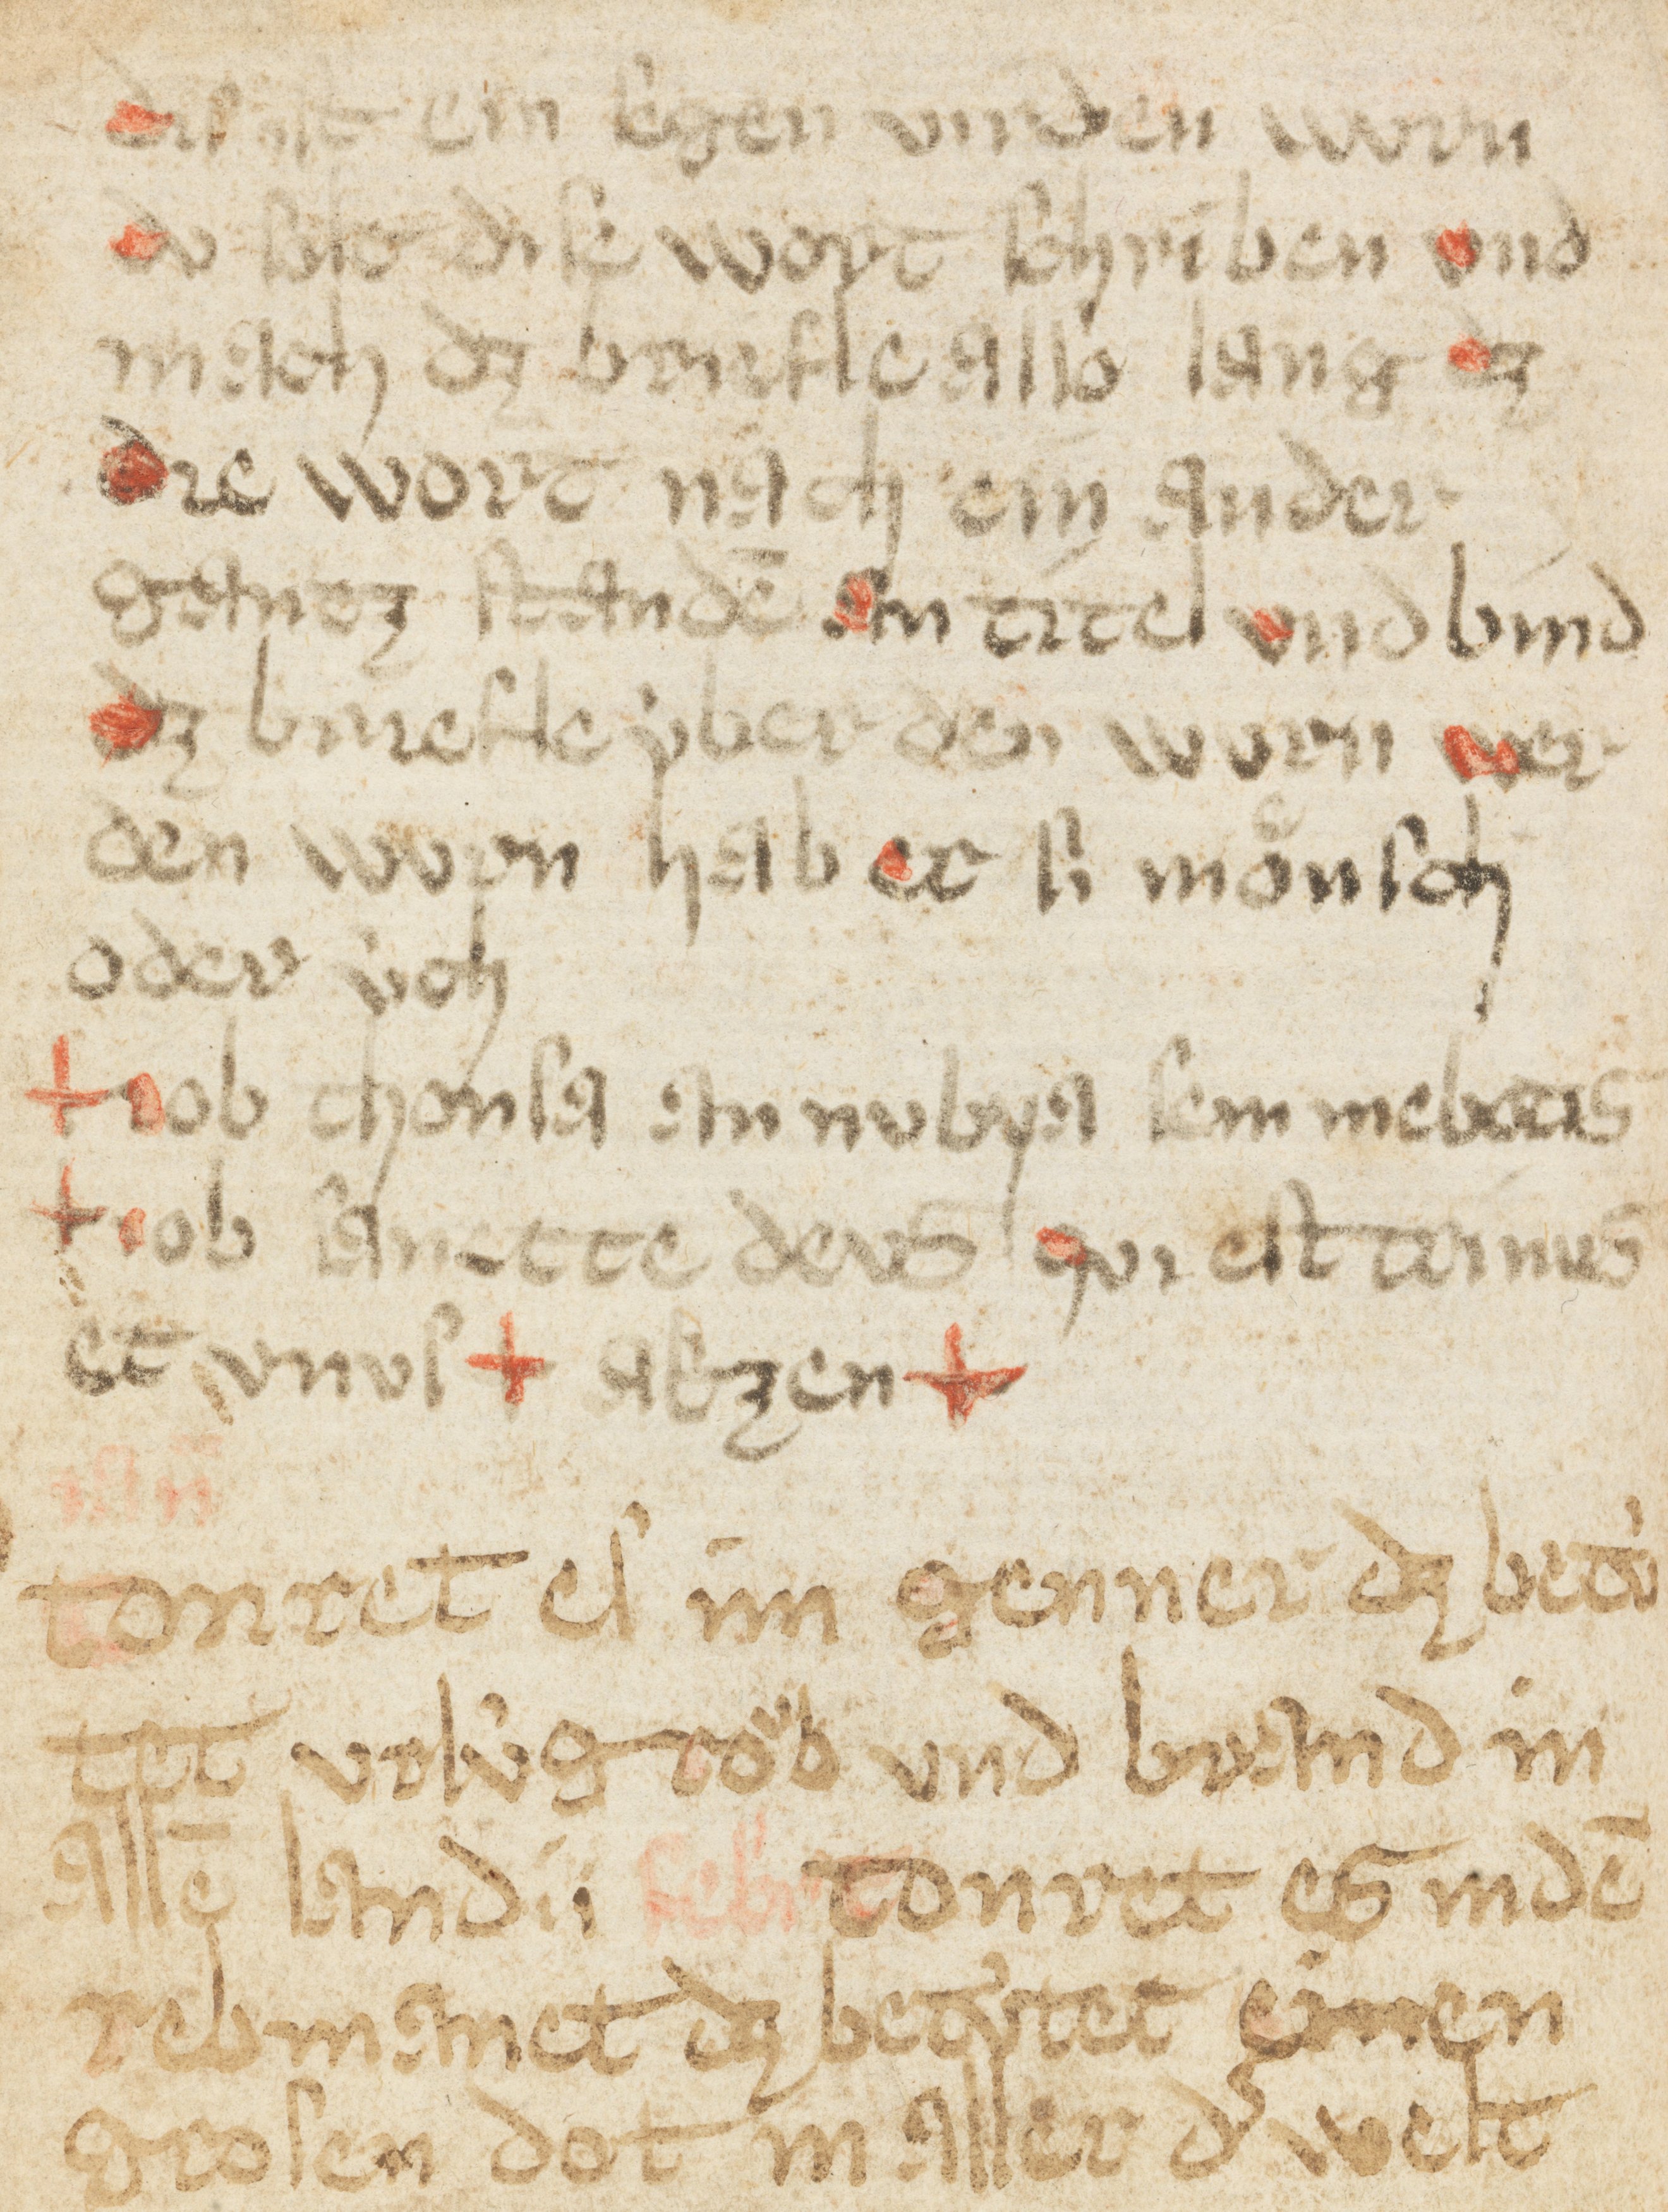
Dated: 1400–1424